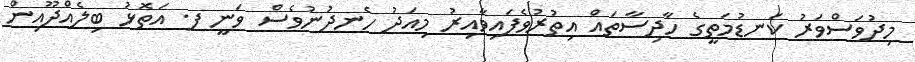
މިދުވަސްވަރު ކަނޑުމަތީގެ ހާދިސާތައް އިތުރުވެފައިވާއިރު މިއަދު ހެނދުނުވެސް ވަނީ ފ. އަތޮޅު ބިލެއްދޫއިން